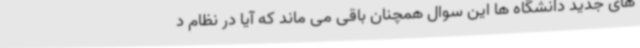
های جدید دانشگاه ها این سوال همچنان باقی می ماند که آیا در نظام د